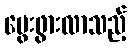
မွေးဖွားလာသည့်